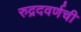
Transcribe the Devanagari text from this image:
रुद्रदवर्णची